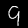
Digit: 9